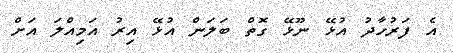
އެ ފަރުހާދު އުޅޭ ނޫޅޭ ގޮތް ބަލަން އުޅޭ އިރު އަމިއްލަ އަށް